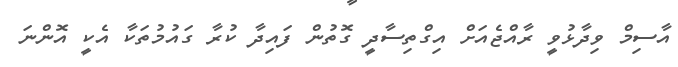
އާސިމް ވިދާޅުވީ ރާއްޖެއަށް އިގްތިސާދީ ގޮތުން ފައިދާ ކުރާ ގައުމުތަކާ އެކީ އޮންނަ